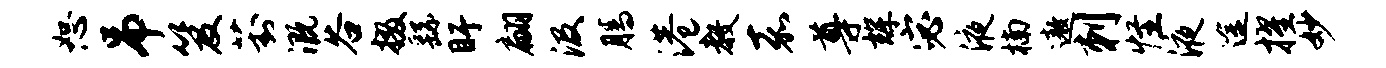
恕吊笈葑溉谷掇繇盱翩汲腾港教嘉尊辉宓液楠遨刺怪液途擢妙